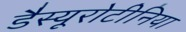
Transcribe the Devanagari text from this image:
डैस्यूरोटीनिया